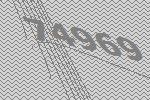
74969